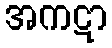
အကဋာ